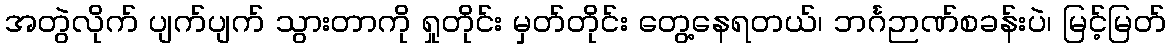
အတွဲလိုက် ပျက်ပျက် သွားတာကို ရှုတိုင်း မှတ်တိုင်း တွေ့နေရတယ်၊ ဘင်္ဂဉာဏ်စခန်းပဲ၊ မြင့်မြတ်